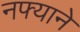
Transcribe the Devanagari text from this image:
नफ्याने